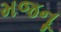
મજનૂ